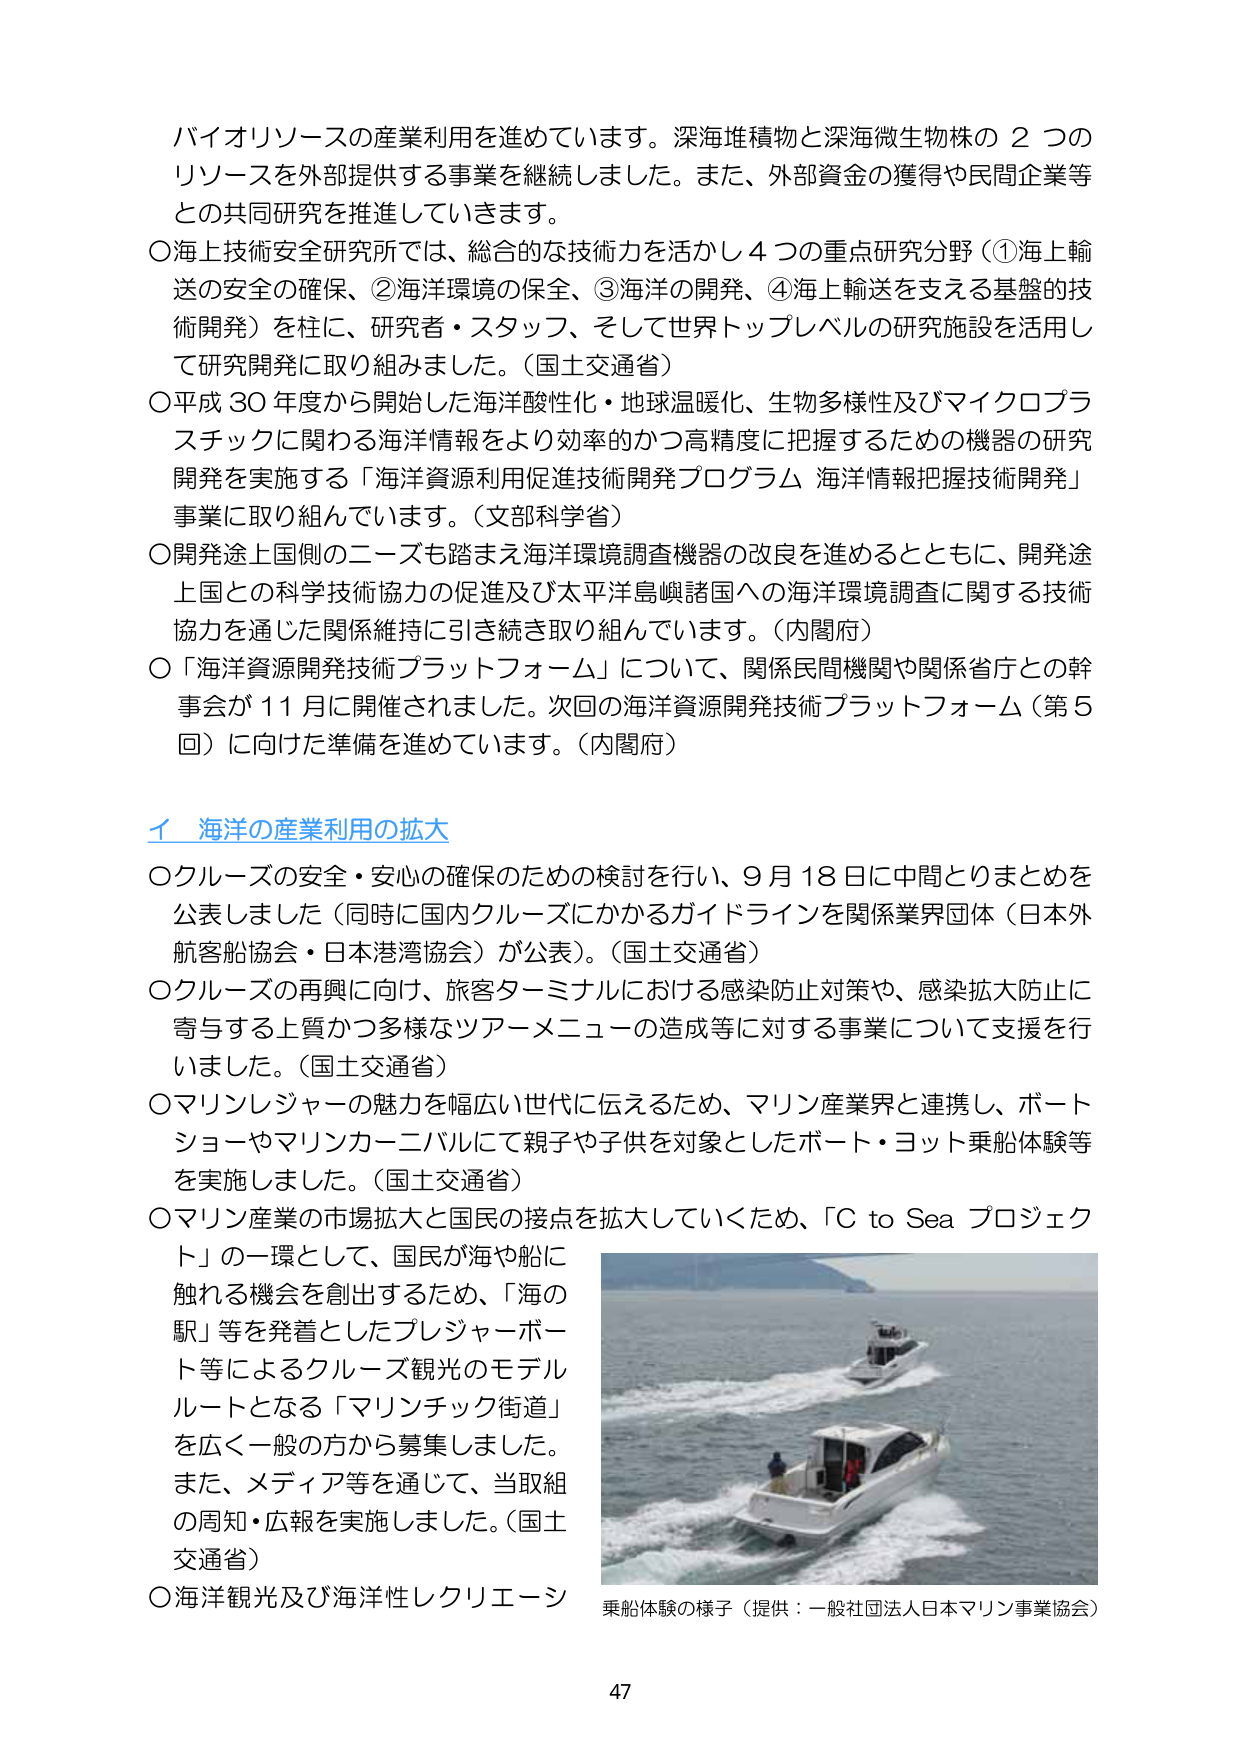
バイオリソースの産業利用を進めています。深海堆積物と深海微生物株の２つのリソースを外部提供する事業を継続しました。また、外部資金の獲得や民間企業等との共同研究を推進していきます。

○海上技術安全研究所では、総合的な技術力を活かし４つの重点研究分野（①海上輸送の安全の確保、②海洋環境の保全、③海洋の開発、④海上輸送を支える基盤的技術開発）を柱に、研究者・スタッフ、そして世界トップレベルの研究施設を活用して研究開発に取り組みました。（国土交通省）

○平成30年度から開始した海洋酸性化・地球温暖化、生物多様性及びマイクロプラスチックに関わる海洋情報をより効率的かつ高精度に把握するための機器の研究開発を実施する「海洋資源利用促進技術開発プログラム 海洋情報把握技術開発」事業に取り組んでいます。（文部科学省）

○開発途上国側のニーズも踏まえ海洋環境調査機器の改良を進めるとともに、開発途上国との科学技術協力の促進及び太平洋島嶼諸国への海洋環境調査に関する技術協力を通じた関係維持に引き続き取り組んでいます。（内閣府）

○「海洋資源開発技術プラットフォーム」について、関係民間機関や関係省庁との幹事会が11月に開催されました。次回の海洋資源開発技術プラットフォーム（第5回）に向けた準備を進めています。（内閣府）

イ 海洋の産業利用の拡大

○クルーズの安全・安心の確保のための検討を行い、9月18日に中間とりまとめを公表しました（同時に国内クルーズにかかるガイドラインを関係業界団体（日本外航客船協会・日本港湾協会）が公表）。（国土交通省）

○クルーズの再興に向け、旅客ターミナルにおける感染防止対策や、感染拡大防止に寄与する上質かつ多様なツアーメニューの造成等に対する事業について支援を行いました。（国土交通省）

○マリンレジャーの魅力を幅広い世代に伝えるため、マリン産業界と連携し、ボートショーやマリンカーニバルにて親子や子供を対象としたボート・ヨット乗船体験等を実施しました。（国土交通省）

○マリン産業の市場拡大と国民の接点を拡大していくため、「C to Sea プロジェクト」の一環として、国民が海や船に触れる機会を創出するため、「海の駅」等を発着としたプレジャーボート等によるクルーズ観光のモデルルートとなる「マリンチック街道」を広く一般の方から募集しました。また、メディア等を通じて、当取組の周知・広報を実施しました。（国土交通省）

○海洋観光及び海洋性レクリエーシ

乗船体験の様子（提供：一般社団法人日本マリン事業協会）

47